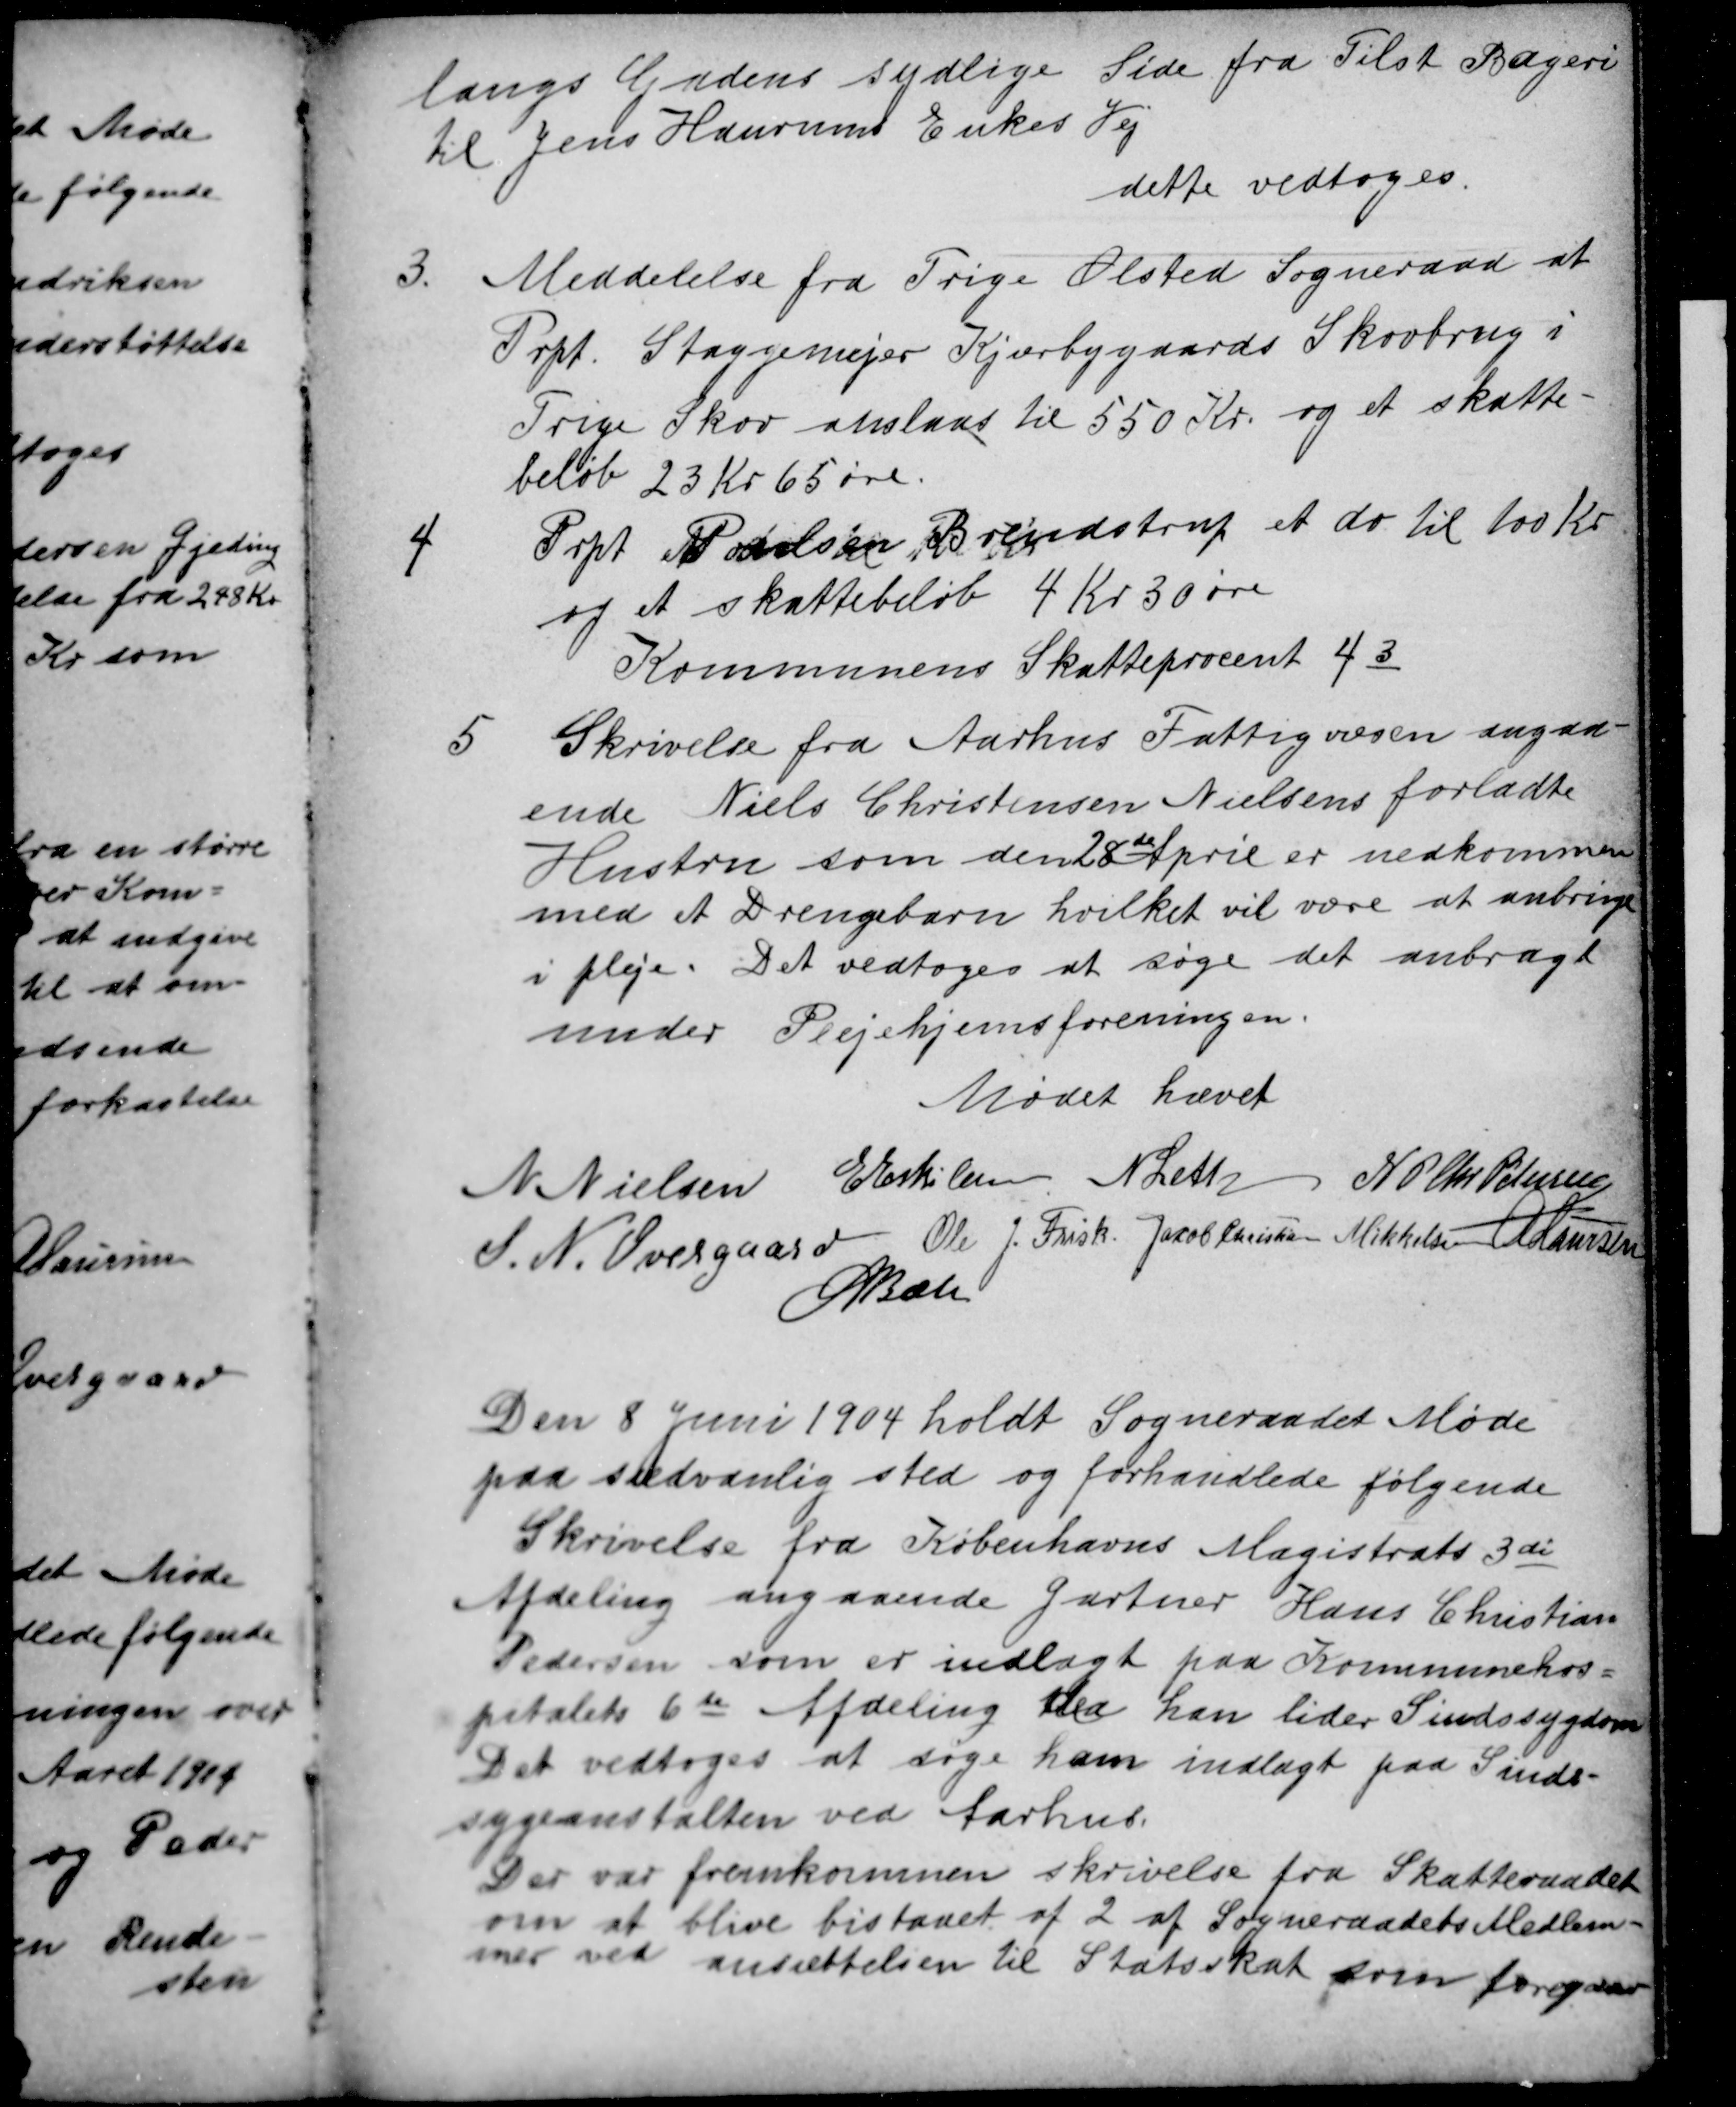
Transskription:
langs Gadens sydlige Side fra Tilst Bageri
til Jens Haurums Enkes Vej
dette vedtoges.
3.
Meddelelse fra Trige Ølsted Sogneraad at
Prpt. Staggemejer Kjærbygaards Skovbrug i
Trige Skov anslaas til 550 Kr og et skatte-
beløb 23 Kr 65 øre.
4
Prpt. Poulsen, Brendstrup et do til 100 Kr.
og et skattebeløb 4 Kr 30 øre
Kommunens Skatteprocent 43
5
Skrivelse fra Aarhus Fattigvæsen angaa-
ende Niels Christensen Nielsens forladte
Hustru som den 28de April er nedkommen
med et Drengebarn hvilket vil være at anbringe
i pleje. Det vedtoges at søge det anbragt
under Plejehjemsforeningen.
Mødet hævet
N. Nielsen E Eskilsen N Leth N P Chr Petersen
J. N. Overgaard Ole J. Frisk Jacob Christian Mikkelsen A Laursen
A Bech
Den 8 Juni 1904 holdt Sogneraadet Møde
paa sædvanlig sted og forhandlede følgende
Skrivelse fra Københavns Magistrats 3di
Afdeling angaaende Gartner Hans Christian
Pedersen som er indlagt paa Kommunehos-
pitalets 6te Afdeling da han lider Sindssygdom
Det vedtoges at søge ham indlagt paa Sinds-
sygeanstalten ved Aarhus.
Der var fremkommen skrivelse fra Skatteraadet
om at blive bistaaet af 2 af Sogneraadets Medlem-
mer ved ansættelsen til Statsskat som foregaar